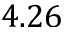
4 . 2 6